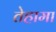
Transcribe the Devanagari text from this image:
तेहामा